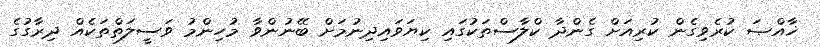
ޚާއްޞަ ކުރެވިގެން ކުރިއަށް ގެންދާ ކްލާސްތަކުގައި ކިޔަވައިދިނުމަށް ބޭނުންވާ މުހިންމު ވަސީލަތްތަކެއް ދިރާގުގެ